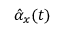
\hat { \alpha } _ { x } ( t )